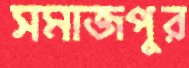
সমাজপুর